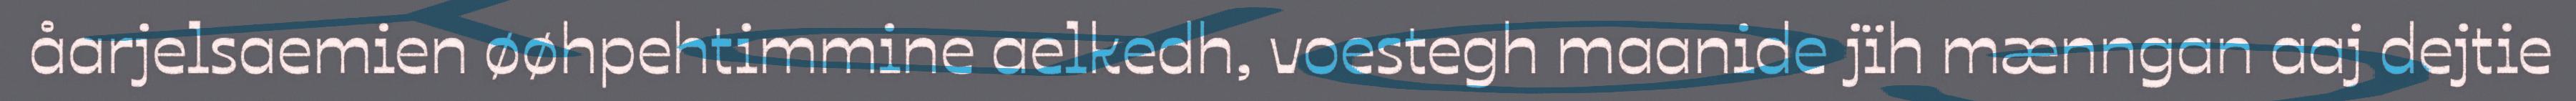
åarjelsaemien øøhpehtimmine aelkedh, voestegh maanide jïh mænngan aaj dejtie